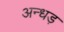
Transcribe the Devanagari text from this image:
अन्धड़